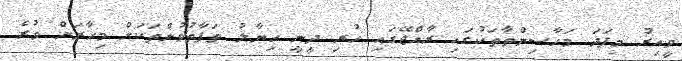
ވީއިރު މިފަދަ މަހާސިންތާތަކުގައި ރާއްޖޭގައި ހުރި ދީނީ ހިޔާލު ތަފާތުވުންތަކަށް މިހާރަށް ވުރެ